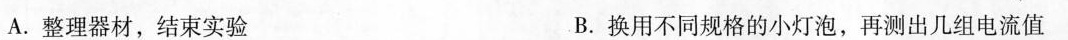
A.整理器材，结束实验B.换用不同规格的小灯泡，再测出几组电流值